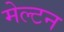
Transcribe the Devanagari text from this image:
मेल्टन